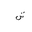
Letter: _shin